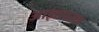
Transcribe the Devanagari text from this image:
आज्ञापरक